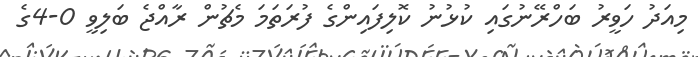
މިއަދު ހަވީރު ބަހްރޭނުގައި ކުޅުނު ކޮލިފައިންގެ ފުރަތަމަ މެޗުން ރާއްޖެ ބަލިވީ 0-4ގެ